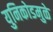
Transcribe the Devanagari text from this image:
युनिकोडमुळे